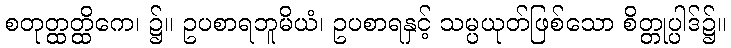
စတုတ္ထတ္ထိကေ၊ ၌။ ဥပစာရဘူမိယံ၊ ဥပစာရနှင့် သမ္ပယုတ်ဖြစ်သော စိတ္တုပ္ပါဒ်၌။